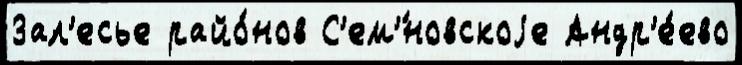
Зал'есье райо́нов С'ем'́новскоjе Андр'е́ево